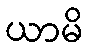
ယာမိ